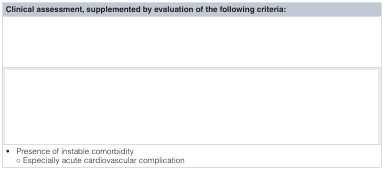
<table><thead><tr><td><b>Clinical assessment, supplemented by evaluation of the following criteria:</b></td></tr></thead><tbody><tr><td>[EMPTY_CELL]</td></tr><tr><td>[EMPTY_CELL]</td></tr><tr><td>•Presence of instable comorbidity○ Especially acute cardiovascular complication</td></tr></tbody></table>